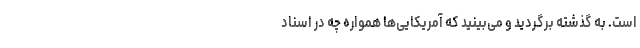
است. به گذشته برگردید و می‌بینید که آمریکایی‌ها همواره چه در اسناد